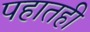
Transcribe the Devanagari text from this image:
पहातही